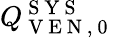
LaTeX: Q_{\mathrm{~V~E~N~,~0~}}^{\mathrm{~S~Y~S~}}